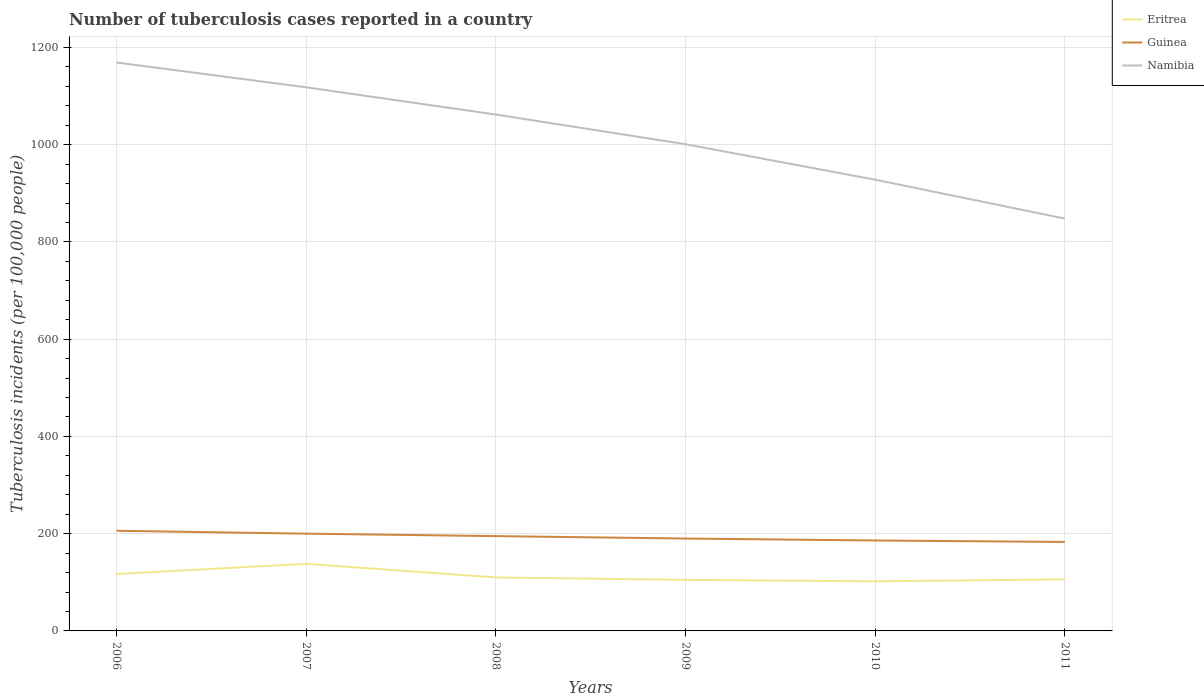
| Years | Eritrea | Guinea | Namibia |
 | --- | --- | --- | --- |
 | 2006 | 117 | 206 | 1.17e+03 |
 | 2007 | 138 | 200 | 1.12e+03 |
 | 2008 | 110 | 195 | 1.06e+03 |
 | 2009 | 105 | 190 | 1e+03 |
 | 2010 | 102 | 186 | 928 |
 | 2011 | 106 | 183 | 848 |